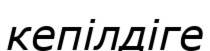
кепілдіге